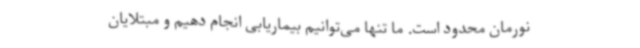
نورمان محدود است. ما تنها می‌توانیم بیماریابی انجام دهیم و مبتلایان